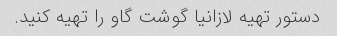
دستور تهیه لازانیا گوشت گاو را تهیه کنید.